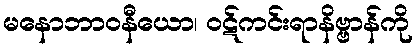
မနောဘာဝနီယော၊ ဝဋ်ကင်းရာနိဗ္ဗာန်ကို